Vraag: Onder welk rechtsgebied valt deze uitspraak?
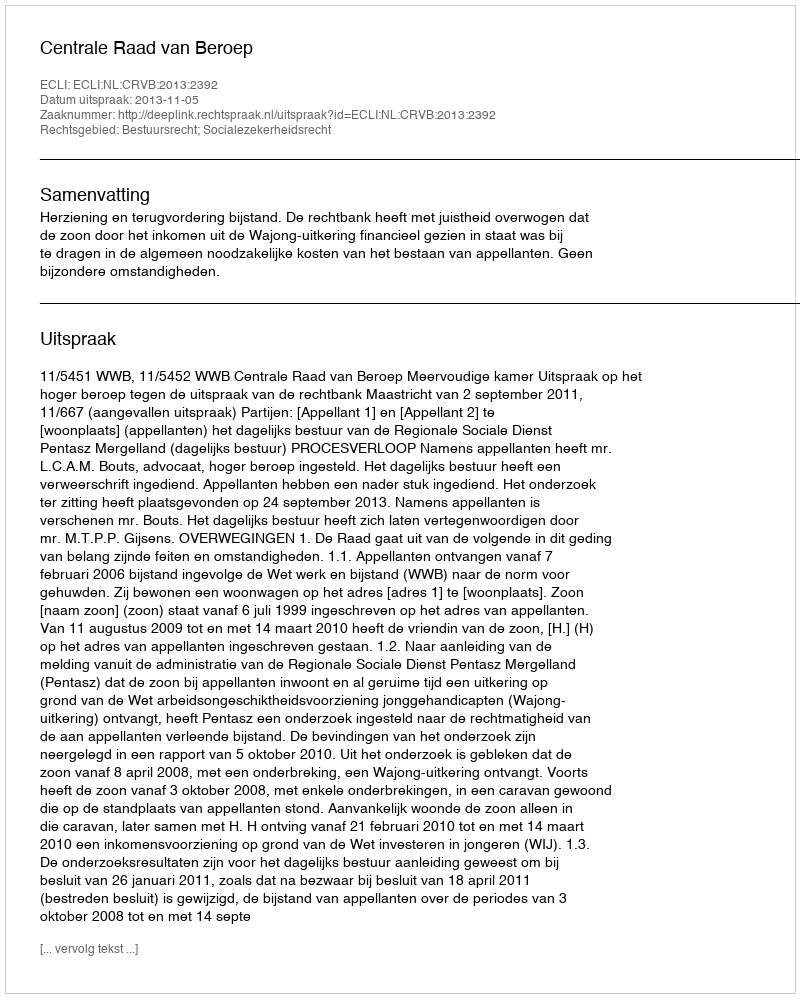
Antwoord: Bestuursrecht; Socialezekerheidsrecht